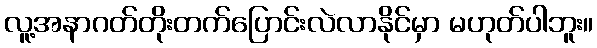
လူ့အနာဂတ်တိုးတက်ပြောင်းလဲလာနိုင်မှာ မဟုတ်ပါဘူး။